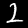
Digit: 2